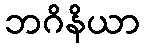
ဘဂိနိယာ